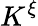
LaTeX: K^{\xi}